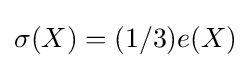
\sigma (X)=(1/3)e(X)